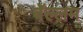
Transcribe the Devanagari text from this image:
बॅल्लम